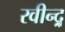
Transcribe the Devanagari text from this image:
रवीन्द्र्